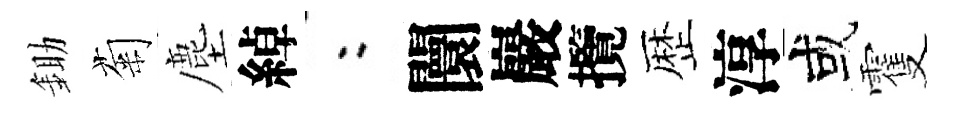
鋤菊塵綽欸闤巖攬歴淳或䨥